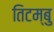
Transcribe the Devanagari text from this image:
तिटम्बु